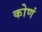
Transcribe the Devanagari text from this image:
कोणं